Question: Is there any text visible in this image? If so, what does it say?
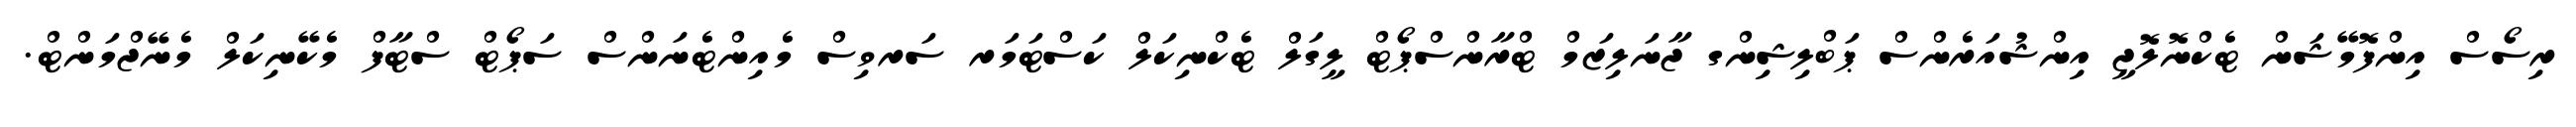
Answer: ރިސޯސް އިންފޮމޭޝަން ޓެކްނޮލޮޖީ އިންޝުއަރެންސް ޕަބްލިޝިންގ ޖާނަލިޒަމް ޓްރާންސްޕޯޓް ލީގަލް ޓެކްނިކަލް ކަސްޓަމަރ ސަރވިސް މެއިންޓެނަންސް ސަޕޯޓް ސްޓާފް މެކޭނިކަލް މެނޭޖްމަންޓް.